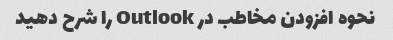
نحوه افزودن مخاطب در Outlook را شرح دهید